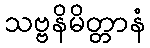
သဗ္ဗနိမိတ္တာနံ